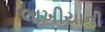
લાખીયાની